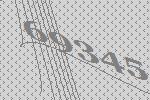
69345